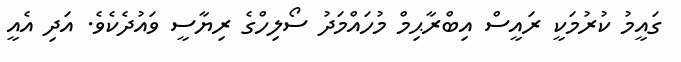
ގައީމު ކުރުމަކީ ރައީސް އިބްރާޙިމް މުހައްމަދު ސޯލިހްގެ ރިޔާސީ ވައުދެކެވެ. އަދި އެއީ